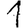
Digit: 1